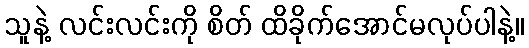
သူနဲ့ လင်းလင်းကို စိတ် ထိခိုက်အောင်မလုပ်ပါနဲ့။